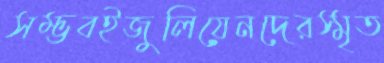
সম্ভবইজুলিয়েনদেরস্মৃত